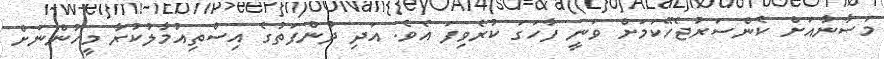
މަސާނާއަށް ކެންސަރުޖެހޭކަމަށް ވަނީ ފާހަގަ ކުރެވިފަ އެވެ. އަދި ދުންފަތުގެ އިސްތިއުމާލުކުރާ މީހުންނަށް